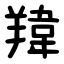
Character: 䍷